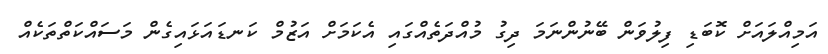
އަމިއްލައަށް ކޮބަޑި ފިލުވަން ބޭނުންނަމަ ދިގު މުއްދަތެއްގައި އެކަމަށް އަޒުމް ކަނޑައަޅައިގެން މަސައްކަތްތަކެއް